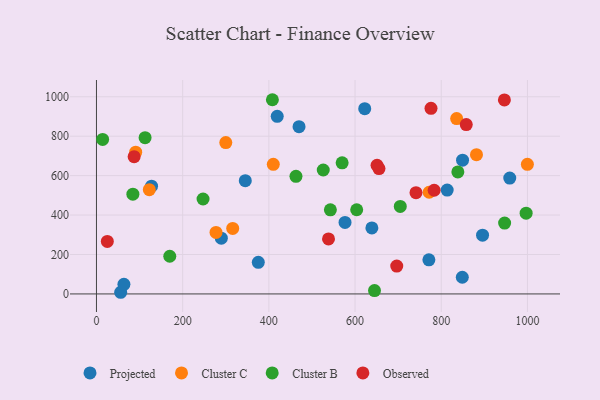
{"axis": {"x": "Distance", "y": "Fuel Efficiency"}, "legend": ["Cluster B", "Cluster C", "Observed", "Projected"], "data": [{"x": "127.8", "y": 546.7, "type": "Projected"}, {"x": "345.3", "y": 574.4, "type": "Projected"}, {"x": "470.0", "y": 848.4, "type": "Projected"}, {"x": "813.7", "y": 526.8, "type": "Projected"}, {"x": "576.7", "y": 362.4, "type": "Projected"}, {"x": "895.8", "y": 297.8, "type": "Projected"}, {"x": "848.8", "y": 84.5, "type": "Projected"}, {"x": "419.4", "y": 900.6, "type": "Projected"}, {"x": "375.5", "y": 160.4, "type": "Projected"}, {"x": "849.4", "y": 678.5, "type": "Projected"}, {"x": "958.9", "y": 587.4, "type": "Projected"}, {"x": "622.4", "y": 939.4, "type": "Projected"}, {"x": "771.3", "y": 172.8, "type": "Projected"}, {"x": "639.0", "y": 334.5, "type": "Projected"}, {"x": "56.2", "y": 8.4, "type": "Projected"}, {"x": "63.7", "y": 48.7, "type": "Projected"}, {"x": "289.7", "y": 283.0, "type": "Projected"}, {"x": "300.1", "y": 767.7, "type": "Cluster C"}, {"x": "410.3", "y": 657.5, "type": "Cluster C"}, {"x": "122.6", "y": 528.8, "type": "Cluster C"}, {"x": "91.0", "y": 719.1, "type": "Cluster C"}, {"x": "881.7", "y": 706.1, "type": "Cluster C"}, {"x": "316.1", "y": 332.1, "type": "Cluster C"}, {"x": "835.7", "y": 889.4, "type": "Cluster C"}, {"x": "277.4", "y": 311.8, "type": "Cluster C"}, {"x": "771.9", "y": 515.7, "type": "Cluster C"}, {"x": "999.8", "y": 657.5, "type": "Cluster C"}, {"x": "645.1", "y": 17.1, "type": "Cluster B"}, {"x": "408.2", "y": 984.9, "type": "Cluster B"}, {"x": "570.0", "y": 664.8, "type": "Cluster B"}, {"x": "542.7", "y": 426.6, "type": "Cluster B"}, {"x": "84.5", "y": 505.7, "type": "Cluster B"}, {"x": "996.9", "y": 409.4, "type": "Cluster B"}, {"x": "112.8", "y": 792.4, "type": "Cluster B"}, {"x": "704.9", "y": 443.9, "type": "Cluster B"}, {"x": "14.3", "y": 783.7, "type": "Cluster B"}, {"x": "838.5", "y": 618.8, "type": "Cluster B"}, {"x": "247.3", "y": 481.5, "type": "Cluster B"}, {"x": "170.1", "y": 191.0, "type": "Cluster B"}, {"x": "526.2", "y": 628.5, "type": "Cluster B"}, {"x": "947.0", "y": 359.2, "type": "Cluster B"}, {"x": "462.9", "y": 596.5, "type": "Cluster B"}, {"x": "603.8", "y": 426.8, "type": "Cluster B"}, {"x": "783.5", "y": 525.7, "type": "Observed"}, {"x": "25.2", "y": 266.2, "type": "Observed"}, {"x": "538.4", "y": 279.0, "type": "Observed"}, {"x": "946.5", "y": 983.9, "type": "Observed"}, {"x": "651.0", "y": 652.6, "type": "Observed"}, {"x": "776.2", "y": 941.1, "type": "Observed"}, {"x": "87.4", "y": 695.9, "type": "Observed"}, {"x": "858.0", "y": 858.9, "type": "Observed"}, {"x": "655.5", "y": 635.7, "type": "Observed"}, {"x": "741.4", "y": 513.3, "type": "Observed"}, {"x": "696.7", "y": 141.1, "type": "Observed"}]}